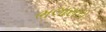
ભલાસરા